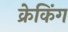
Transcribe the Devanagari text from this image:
क्रेकिंग